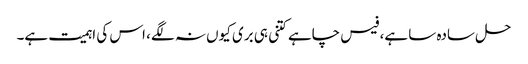
حل سادہ سا ہے، فیس چاہے کتنی ہی بری کیوں نہ لگے، اس کی اہمیت ہے۔